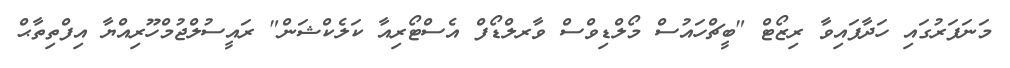
މަނަފަރުގައި ހަދާފައިވާ ރިޒޯޓް "ބީޗްހައުސް މޯލްޑިވްސް ވާރލްޑޯފް އެސްޓޯރިއާ ކަލެކްޝަން" ރައީސުލްޖުމްހޫރިއްޔާ އިފްތިތާޙް